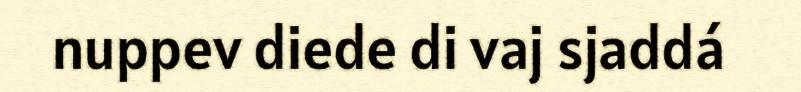
nuppev diede di vaj sjaddá